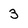
Character: 3